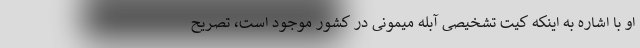
او با اشاره به اینکه کیت تشخیصی آبله میمونی در کشور موجود است،‌ تصریح